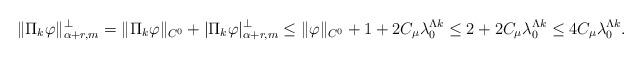
LaTeX: \begin{align*} \|\Pi_k\varphi\|^\perp_{\alpha+r,m} = \|\Pi_k\varphi\|_{C^0}+|\Pi_k\varphi|^\perp_{\alpha+r,m}\leq \|\varphi\|_{C^0} + 1+2C_\mu \lambda_0^{\Lambda k} \leq 2+2C_\mu \lambda_0^{\Lambda k}\leq 4C_\mu \lambda_0^{\Lambda k}. \end{align*}